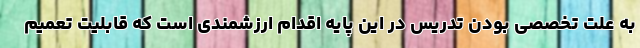
به علت تخصصی بودن تدریس در این پایه اقدام ارزشمندی است که قابلیت تعمیم